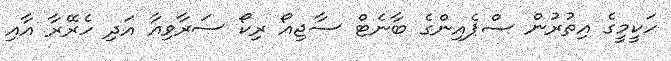
ހަކީމީގެ އިތުރުން ސްޕެއިންގެ ބާނެޓް ސާޖިއޯ ރިކޯ ސަރާވިއާ އަދި ހެރޭރާ އާއި